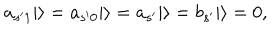
LaTeX: a _ { s ^ { \prime } 1 } | \rangle = a _ { s ^ { \prime } 0 } | \rangle = a _ { s ^ { \prime } } | \rangle = b _ { s ^ { \prime } } | \rangle = 0 ,